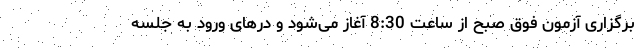
برگزاری آزمون فوق صبح از ساعت 8:30 آغاز می‌شود و درهای ورود به جلسه